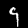
Label: 9